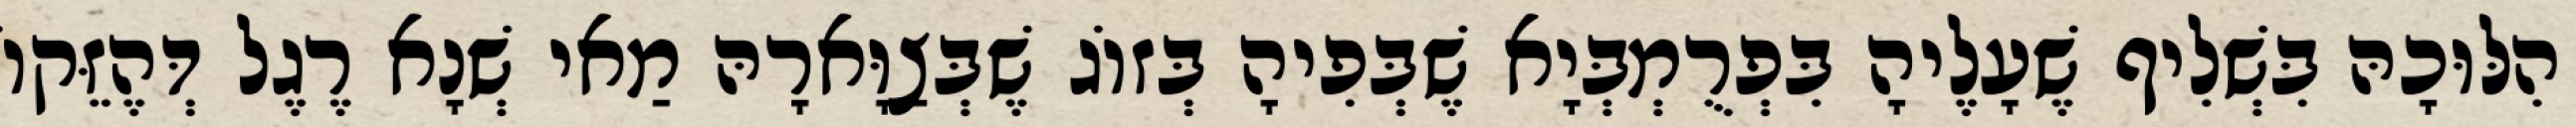
הִלּוּכָהּ בִּשְׁלִיף שֶׁעָלֶיהָ בִּפְרֻמְבְּיָא שֶׁבְּפִיהָ בְּזוֹג שֶׁבְּצַוָּארָהּ מַאי שְׁנָא רֶגֶל דְּהֶזֵּקוֹ